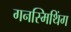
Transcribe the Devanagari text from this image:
गनस्मिथिंग